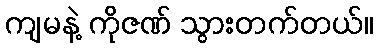
ကျမနဲ့ ကိုဇဏ် သွားတက်တယ်။